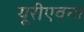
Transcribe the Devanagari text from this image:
यूरीएवना